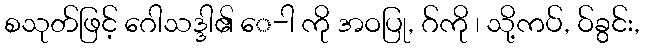
စသုတ်ဖြင့် ဂေါသဒ္ဒါ၏ ေ-ါ ကို အဝပြု, ဂ်ကို ၊ သို့ကပ်, ဝ်ခွင်း,